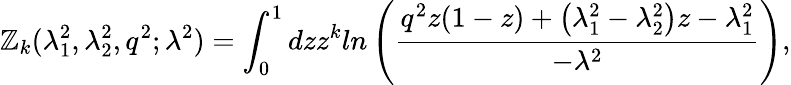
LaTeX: \mathbb{Z}_{k}(\lambda_{1}^{2},\lambda_{2}^{2},q^{2};\lambda^{2})=\int_{0}^{1}dzz^{k}ln\left(\frac{{q^{2}z(1-z)+\left(\lambda_{1}^{2}-\lambda_{2}^{2}\right)z-\lambda_{1}^{2}}}{{-\lambda^{2}}}\right),